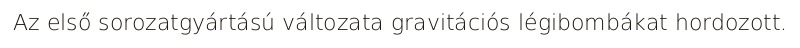
Az első sorozatgyártású változata gravitációs légibombákat hordozott.